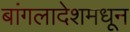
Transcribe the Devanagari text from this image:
बांगलादेशमधून